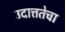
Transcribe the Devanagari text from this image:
उदात्ततेचा